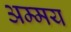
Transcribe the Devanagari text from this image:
अम्मय